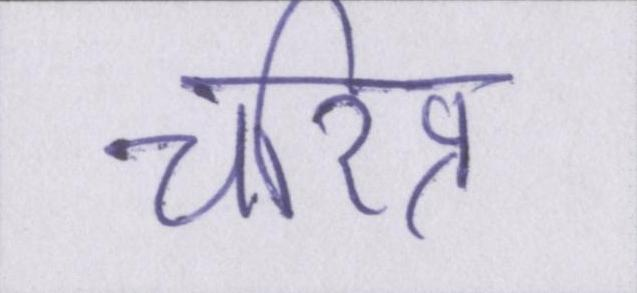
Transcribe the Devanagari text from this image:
चरित्र